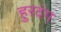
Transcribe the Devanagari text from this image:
हुरदंग